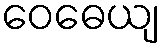
ဝေဓေယျ